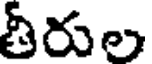
తీరుల